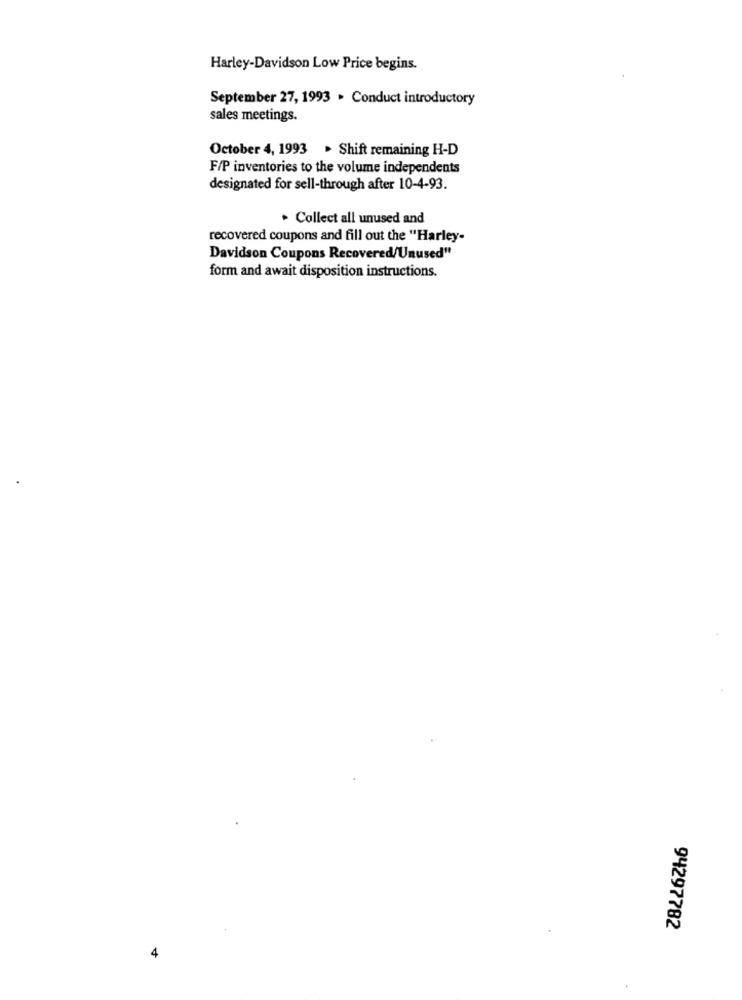
Harley-Davidson Low Price begins.
September 27, 1993 . Conduct introductory
sales meetings.
October 4, 1993 . Shift remaining H-D
F/P inventories to the volume independents
designated for sell-through after 10-4-93.
. Collect all unused and
recovered coupons and fill out the "Harley-
Davidson Coupons Recovered/Unused"
form and await disposition instructions.
94297782